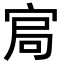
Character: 𡨅